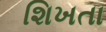
શિખતા